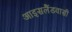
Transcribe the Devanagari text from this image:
आइसलैंडवासी